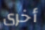
أخرى